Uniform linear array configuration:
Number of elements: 48
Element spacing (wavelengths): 1
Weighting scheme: hann
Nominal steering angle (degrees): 15
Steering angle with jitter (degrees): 16.477
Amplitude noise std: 0.05
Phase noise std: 0.05

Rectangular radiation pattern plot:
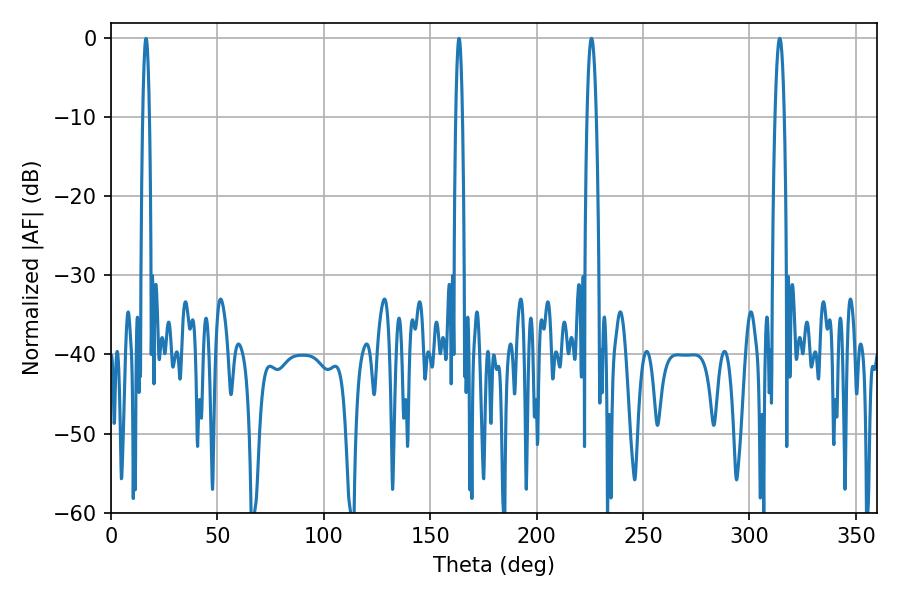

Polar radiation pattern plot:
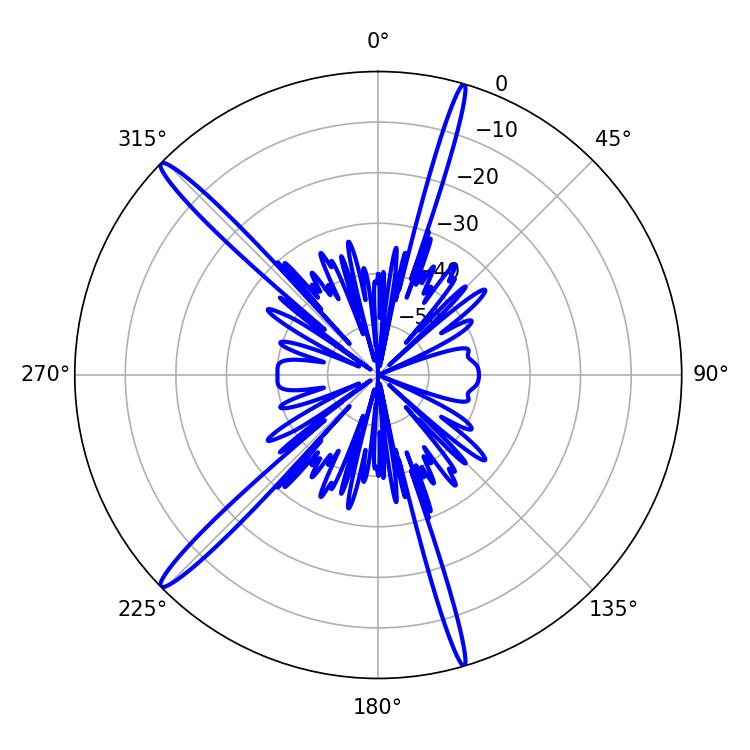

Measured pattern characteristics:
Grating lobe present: TRUE
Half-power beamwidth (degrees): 2.34
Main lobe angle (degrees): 314.28